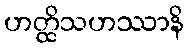
ဟတ္ထိသဟဿာနိ